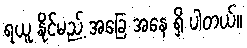
ရယူ နိုင်မည့် အခြေ အနေ ရှိ ပါတယ်။